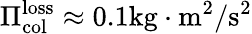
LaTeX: \Pi_{\mathrm{col}}^{\mathrm{loss}}\approx 0.1\mathrm{kg\cdot m^{2}/s^{2}}